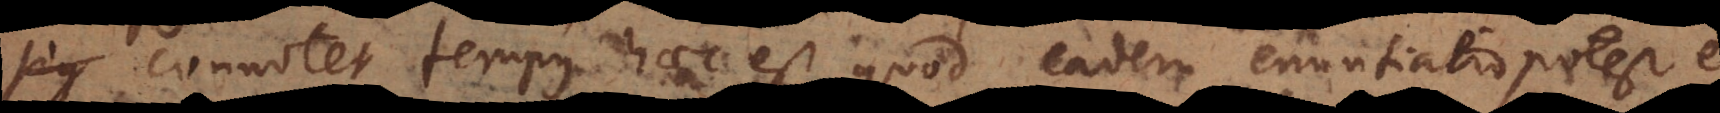
sig connotet tempus haec est, quod eadem enuntiatio potest